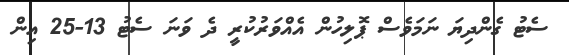
ސެޓު ގެންދިޔަ ނަމަވެސް ޕޮލިހުން އެއްވަރުކުރީ ދެ ވަނަ ސެޓު 13-25 އިން